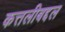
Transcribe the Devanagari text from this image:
कत्तलीबद्दल